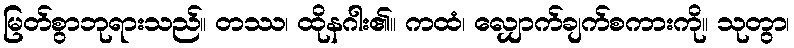
မြတ်စွာဘုရားသည်။ တဿ၊ ထိုနဂါး၏။ ကထံ၊ လျှောက်ချက်စကားကို။ သုတွာ၊